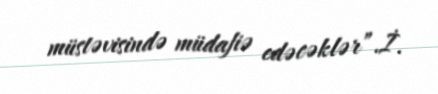
müstəvisində müdafiə edəcəklər”.İ.